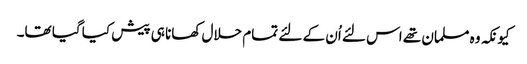
کیونکہ وہ مسلمان تھے اس لئے اُن کے لئے تمام حلال کھانا ہی پیش کیا گیا تھا۔